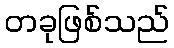
တခုဖြစ်သည်